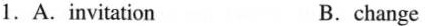
1.A. invitation